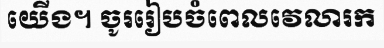
យើង។ ចូររៀបចំពេលវេលារក